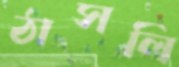
ঠাসলি